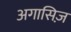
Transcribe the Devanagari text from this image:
अगासिज़